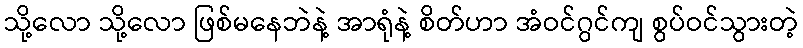
သို့လော သို့လော ဖြစ်မနေဘဲနဲ့ အာရုံနဲ့ စိတ်ဟာ အံဝင်ဂွင်ကျ စွပ်ဝင်သွားတဲ့